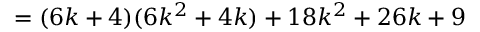
= ( 6 k + 4 ) ( 6 k ^ { 2 } + 4 k ) + 1 8 k ^ { 2 } + 2 6 k + 9